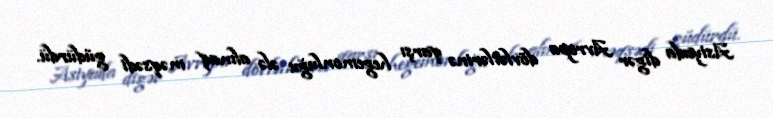
Asiyada digər Avropa dövlətlərinə qarşı hegemonluğu ələ almaq məqsədi güdürdü.